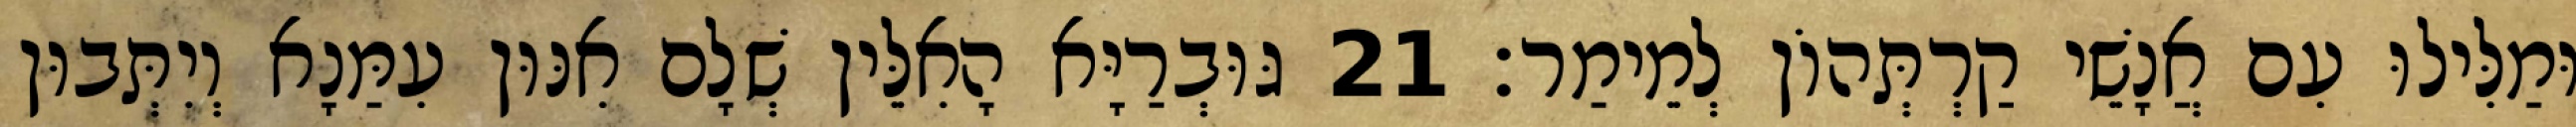
וּמַלִּילוּ עִם אֲנָשֵׁי קַרְתְּהוֹן לְמֵימַר׃ 21 גּוּבְרַיָּא הָאִלֵּין שְׁלָם אִנּוּן עִמַּנָא וְיִתְּבוּן